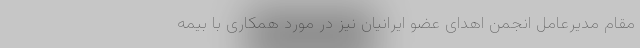
مقام مدیرعامل انجمن اهدای عضو ایرانیان نیز در مورد همکاری با بیمه